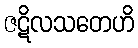
ဇဋိလသတေဟိ